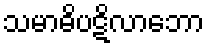
သမာဓိပဋိလာဘော